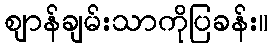
ဈာန်ချမ်းသာကိုပြခန်း။